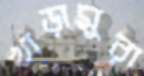
খাড়ামুরা